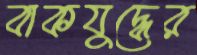
বাকযুদ্ধের